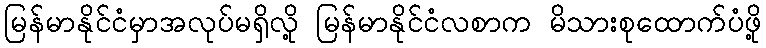
မြန်မာနိုင်ငံမှာအလုပ်မရှိလို့ မြန်မာနိုင်ငံလစာက မိသားစုထောက်ပံဖို့